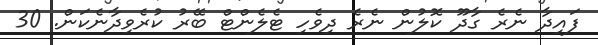
ފައިދާ ނެރެ ގާދޫ ކޮލުން ނެރެ ދިވެހި ޓެލެންޓް ބޭރު ކުރެވިދާނެކަން. 30